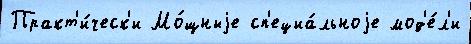
Практ'и́ческ'и Мо́щныjе сп'ециа́льноjе мод'е́л'и